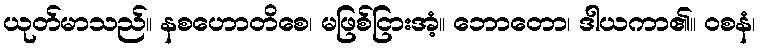
ယုတ်မာသည်။ နစဟောတိစေ၊ မဖြစ်ငြားအံ့။ ဘောတော၊ ဒါယကာ၏။ ဝစနံ၊